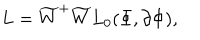
LaTeX: L = { \widetilde { W } } ^ { + } \widetilde { W } L _ { 0 } ( \Phi , \partial \Phi ) ,